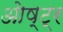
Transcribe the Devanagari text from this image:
ओष्ट्र